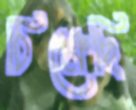
ঠিক্‌রেছি